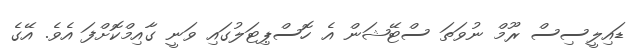
ޑައިލީސިސް ރޫމް ނުވަތަ ސްޓޭޝަން އެ ހޮސްޕިޓަލުގައި ވަނީ ގާއިމްކޮށްފަ އެވެ. އޭގެ